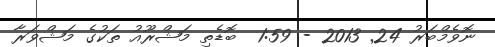
ނޮވެމްބަރު 24